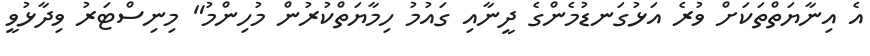
އެ އިނާޔަތްތަކަށް ވުރެ އަޅުގަނޑުމެންގެ ދީނާއި ގައުމު ހިމާޔަތްކުރުން މުހިންމު" މިނިސްޓަރު ވިދާޅުވީ